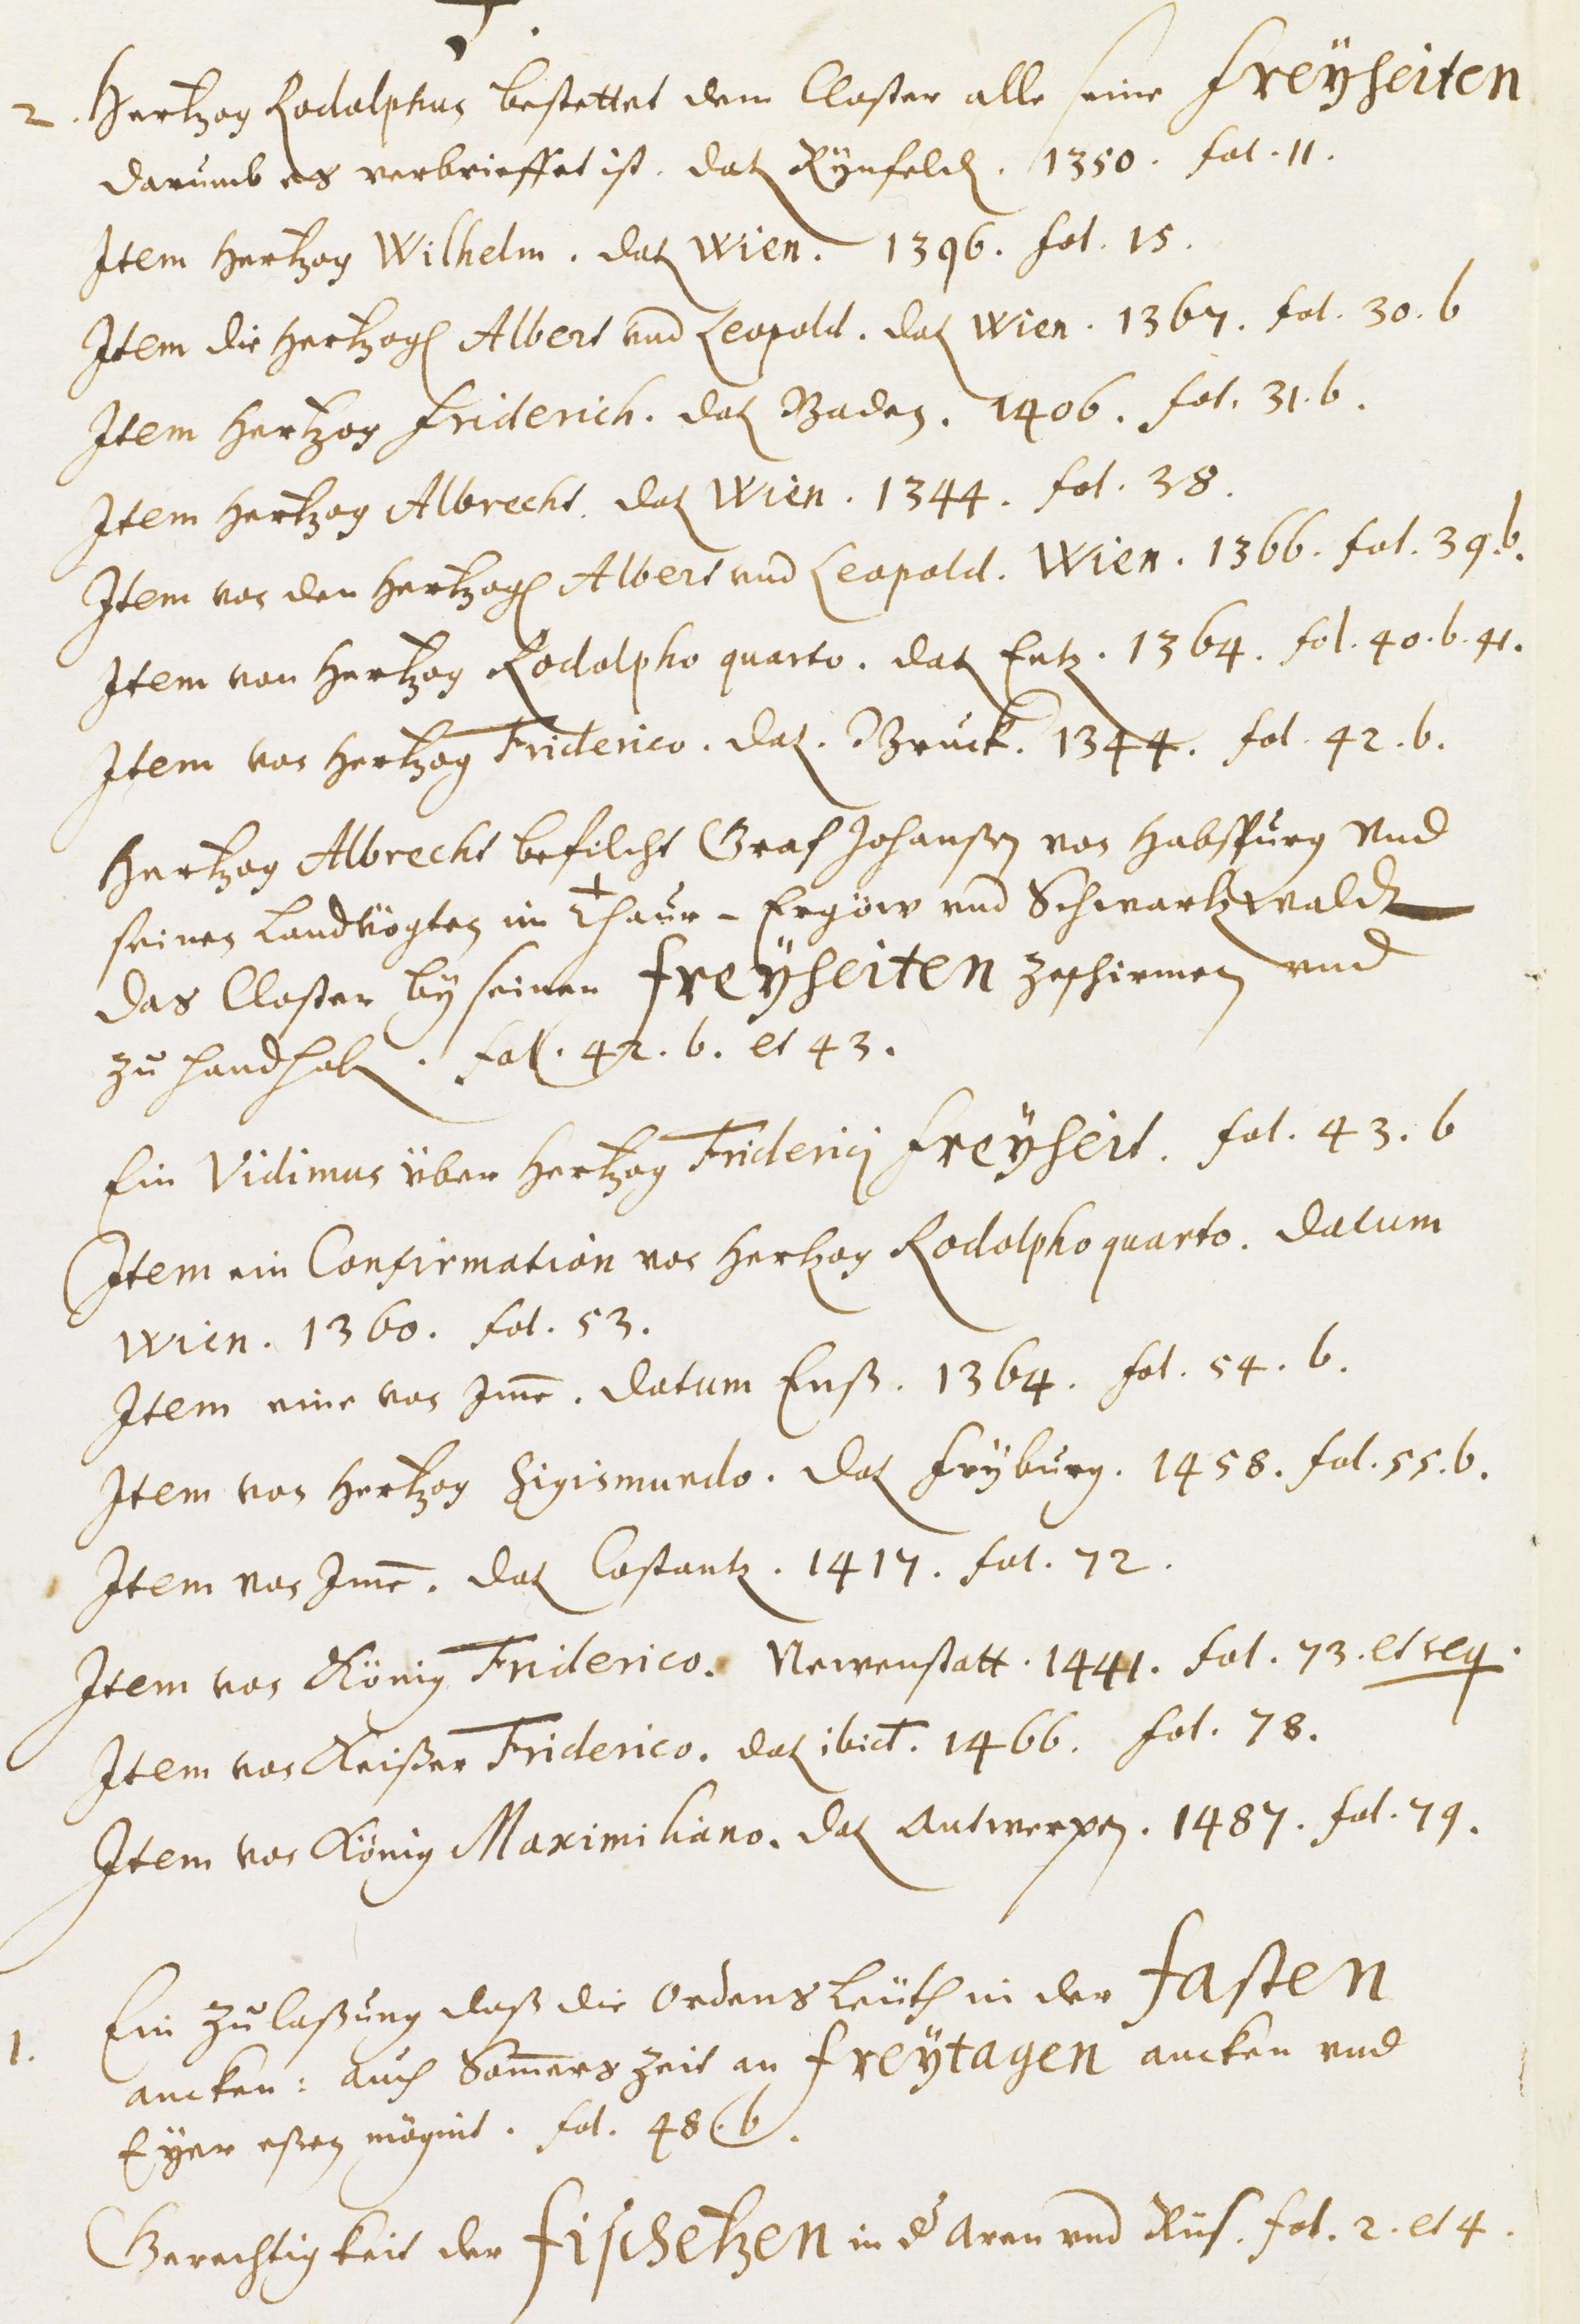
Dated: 1451–1510